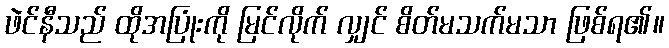
ဖဲင်နီသည် ထိုအပြုံးကို မြင်လိုက် လျှင် စိတ်မသက်မသာ ဖြစ်ရ၏။